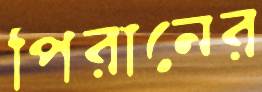
পিরানের